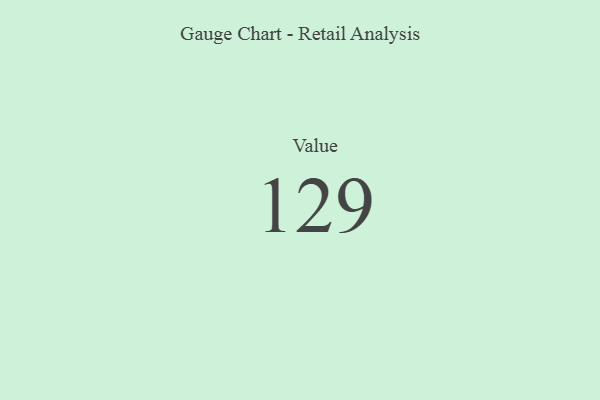
{"axis": {"x": "Metric", "y": "Value"}, "legend": [""], "data": [{"x": "Value", "y": 129, "type": ""}]}